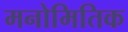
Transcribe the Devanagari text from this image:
मनोमितिक